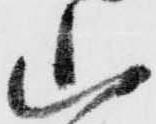
山